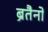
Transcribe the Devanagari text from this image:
ब्रैंतैनो